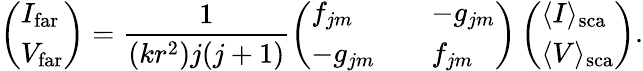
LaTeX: \left(\begin{array}{l}{I_{\mathrm{far}}}\\ {V_{\mathrm{far}}}\end{array}\right)=\frac{1}{(kr^{2})j(j+1)}\left(\begin{array}{lll}{f_{jm}}&&{-g_{jm}}\\ {-g_{jm}}&&{f_{jm}}\end{array}\right)\left(\begin{array}{l}{\langle I\rangle_{\mathrm{sca}}}\\ {\langle V\rangle_{\mathrm{sca}}}\end{array}\right).